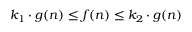
k _ { 1 } \cdot g ( n ) \leq f ( n ) \leq k _ { 2 } \cdot g ( n )